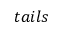
t a i l s